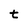
Character: t